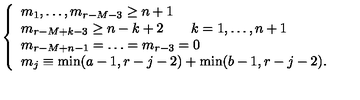
\left\{ \begin{array} { l } { m _ { 1 } , \ldots , m _ { r - M - 3 } \geq n + 1 } \\ { m _ { r - M + k - 3 } \geq n - k + 2 \qquad k = 1 , \ldots , n + 1 } \\ { m _ { r - M + n - 1 } = \ldots = m _ { r - 3 } = 0 } \\ { m _ { j } \equiv \min ( a - 1 , r - j - 2 ) + \min ( b - 1 , r - j - 2 ) . } \\ \end{array} \right.